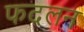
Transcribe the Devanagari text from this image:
फदलन